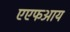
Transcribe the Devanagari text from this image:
एएफआय